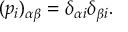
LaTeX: ( p _ { i } ) _ { \alpha \beta } = \delta _ { \alpha i } \delta _ { \beta i } .